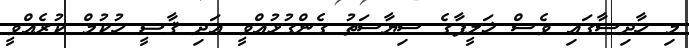
މި ހާދިސާގައި ވެސް ޚަލީފާގެ ސިޔާސަތު ގެންގުޅުއްވީ އަދި ޤާޟީ ހުކުމް ކުރެއްވީ